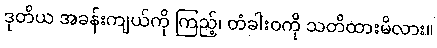
ဒုတိယ အခန်းကျယ်ကို ကြည့်၊ တံခါးဝကို သတိထားမိလား။